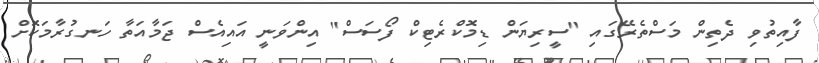
ފާއިތުވި ދެތިން މަސްތެރޭގައި "ސީރިޔަން ޑިމޮކްރެޓިކް ފޯސަސް" އިންވަނީ އައިއެސް ޖަމާއަތާ ހަނގުރާމަކޮށް